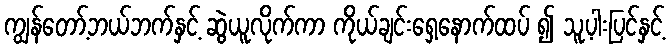
ကျွန်တော့်ဘယ်ဘက်နှင့် ဆွဲယူလိုက်ကာ ကိုယ်ချင်းရှေ့နောက်ထပ် ၍ သူ့ပါးပြင်နှင့်